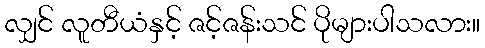
လျှင် လူတီယံနှင့် ဇင့်ဇန်းသင် ပိုများပါသလား။